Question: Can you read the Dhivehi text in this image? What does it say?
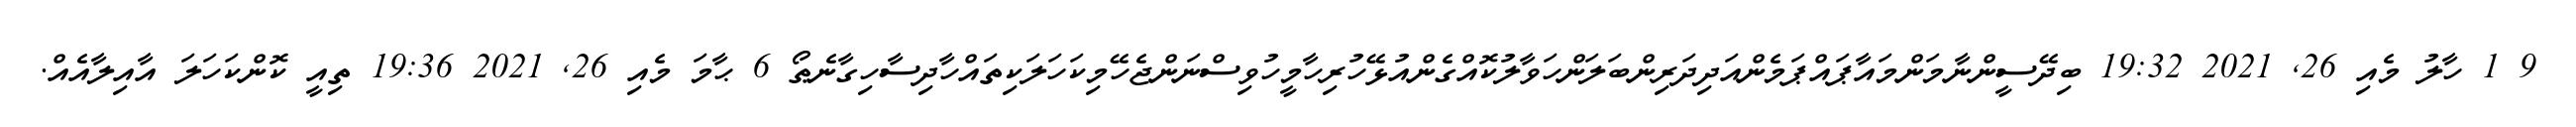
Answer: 9 1 ހާލު މެއި 26, 2021 19:32 ބިދޭސީންނާމަންމައާޕައްޕަމެންއަދިދަރިންބަލަންހަވާލުކޮއްގެންއުޅޭހުރިހާމީހުވިސްނަންޖެހޭމިކަހަލަކިތައްހާދިސާހިގާނެޠޯ 6 ޙާމަ މެއި 26, 2021 19:36 ތިއީ ކޮންކަހަލަ އާއިލާއެއް.